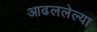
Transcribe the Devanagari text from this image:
आढललेल्या